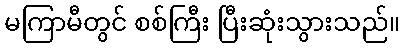
မကြာမီတွင် စစ်ကြီး ပြီးဆုံးသွားသည်။